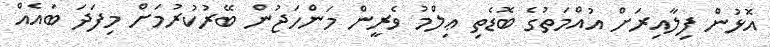
އޮޅުން ފިލާއިރަށް އުއްމަތުގެ ބޮޑެތި ޢިލްމު ވެރީން މަންހަޖުން ބޭރުކުރުމަށް މިފަދަ ބައެއް